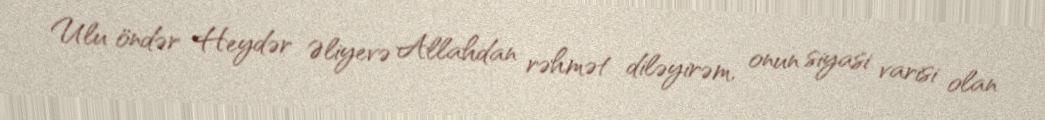
Ulu öndər Heydər Əliyevə Allahdan rəhmət diləyirəm, onun siyasi varisi olan